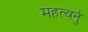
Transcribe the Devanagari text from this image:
महत्वनुं